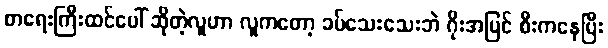
စာရေးကြီးထင်ပေါ် ဆိုတဲ့လူဟာ လူကတော့ ခပ်သေးသေးဘဲ ဂိုးအပြင် စီးကနေပြီး